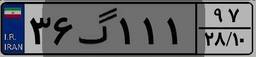
۳۶گ۱۱۱۹۷